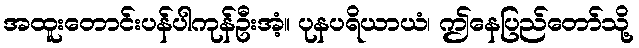
အထူးတောင်းပန်ပါကုန်ဦးအံ့။ ပုနပရိယာယံ၊ ဤနေပြည်တော်သို့